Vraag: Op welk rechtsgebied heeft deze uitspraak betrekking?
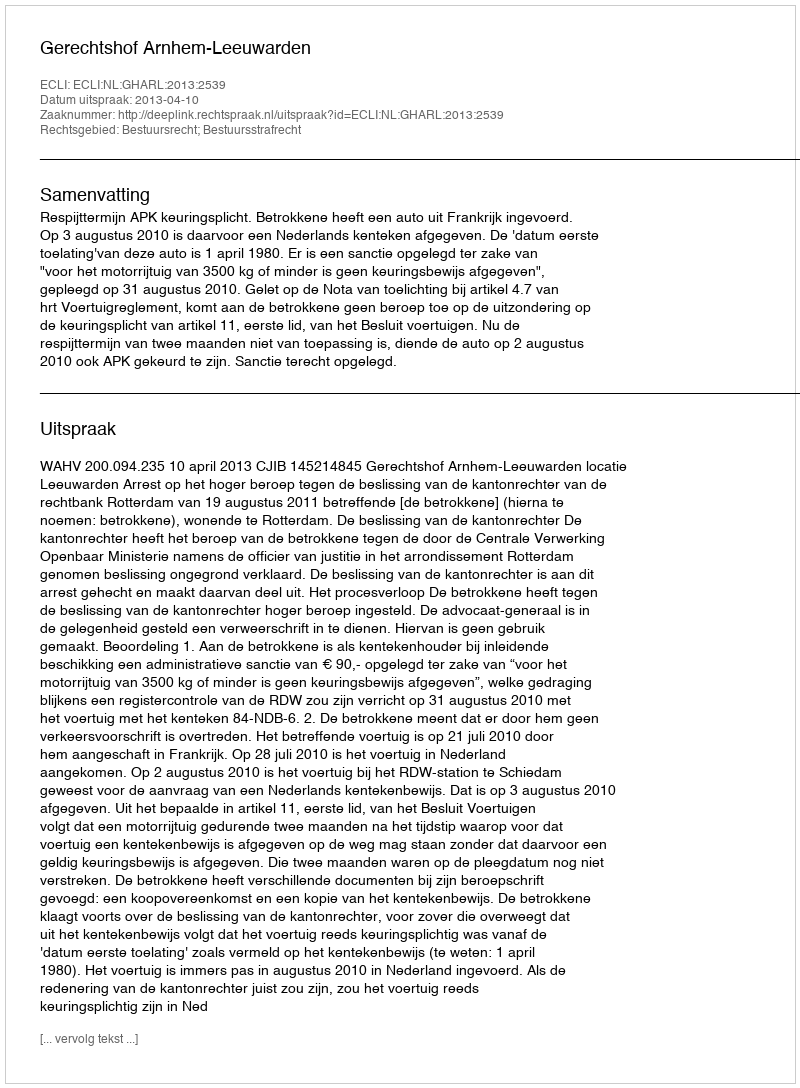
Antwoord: Bestuursrecht; Bestuursstrafrecht